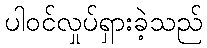
ပါဝင်လှုပ်ရှားခဲ့သည်